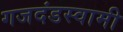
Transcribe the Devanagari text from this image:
गजदंडस्वामी